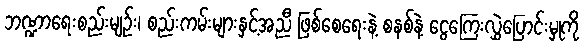
ဘဏ္ဍာရေးစည်းမျဉ်း၊ စည်းကမ်းများနှင့်အညီ ဖြစ်စေရေးနဲ့ စနစ်နဲ့ ငွေကြေးလွှဲပြောင်းမှုကို